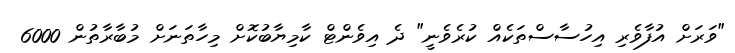
"ވަރަށް އުފާވެރި އިހުސާސްތަކެއް ކުރެވެނީ" ދެ އިވެންޓް ކާމިޔާބުކޮށް މިހާތަނަށް މުބާރާތުން 6000